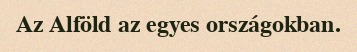
Az Alföld az egyes országokban.